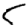
Digit: 5